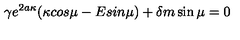
\gamma e ^ { 2 a \kappa } ( \kappa c o s \mu - E s i n \mu ) + \delta m \sin \mu = 0